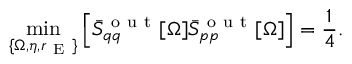
\operatorname* { m i n } _ { \{ \Omega , \eta , r _ { \mathrm { ~ E ~ } } \} } \left[ \Bar { S } _ { q q } ^ { \mathrm { ~ o ~ u ~ t ~ } } [ \Omega ] \Bar { S } _ { p p } ^ { \mathrm { ~ o ~ u ~ t ~ } } [ \Omega ] \right] = \frac { 1 } { 4 } .